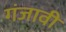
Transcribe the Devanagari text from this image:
गंजावी